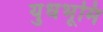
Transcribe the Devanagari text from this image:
युधभूमि